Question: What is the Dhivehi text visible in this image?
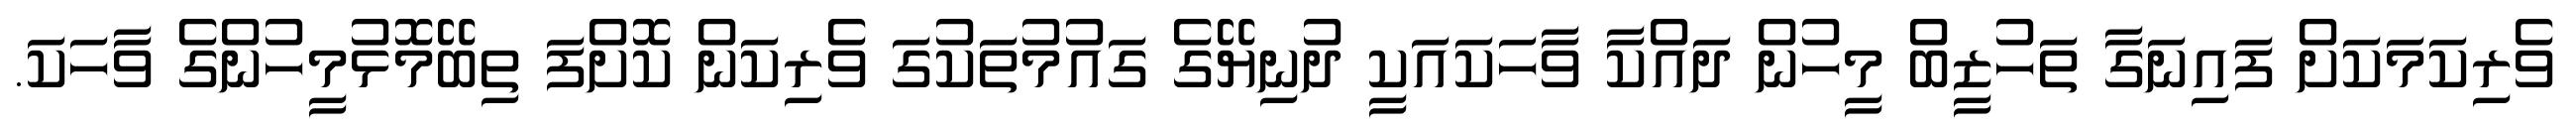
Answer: ވެރިކަމަކަށް ފައިނަގާ ތަހުޒީބް މީހުން ދައްކާ ވާހަކައަކީ ދުނިޔޭގެ ގައުމުތަކުގަ ވެރިކަން ކޮށްފަ ތިބޭމޮޅުމީހުންގެ ވާހަކަ.